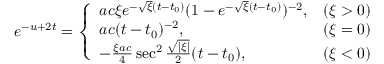
e ^ { - u + 2 t } = \left\{ \begin{array} { l c } { { a c \xi e ^ { - \sqrt { \xi } ( t - t _ { 0 } ) } ( 1 - e ^ { - \sqrt { \xi } ( t - t _ { 0 } ) } ) ^ { - 2 } , } } & { { ( \xi > 0 ) } } \\ { { a c ( t - t _ { 0 } ) ^ { - 2 } , } } & { { ( \xi = 0 ) } } \\ { { - \frac { \xi a c } 4 \sec ^ { 2 } \frac { \sqrt { | \xi | } } 2 ( t - t _ { 0 } ) , } } & { { ( \xi < 0 ) } } \end{array} \right.